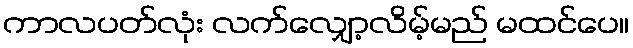
ကာလပတ်လုံး လက်လျှော့လိမ့်မည် မထင်ပေ။